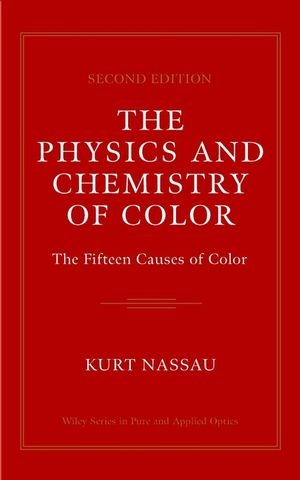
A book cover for The Physics and Chemistry of Color, 2nd Edition; Kurt Nassau; Science & Math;